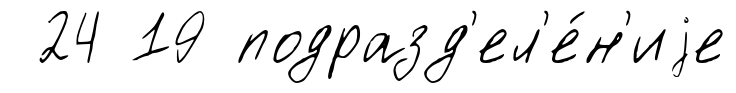
24 19 подразд'ел'е́н'иjе